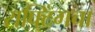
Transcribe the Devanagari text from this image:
राफ्टिंगचा